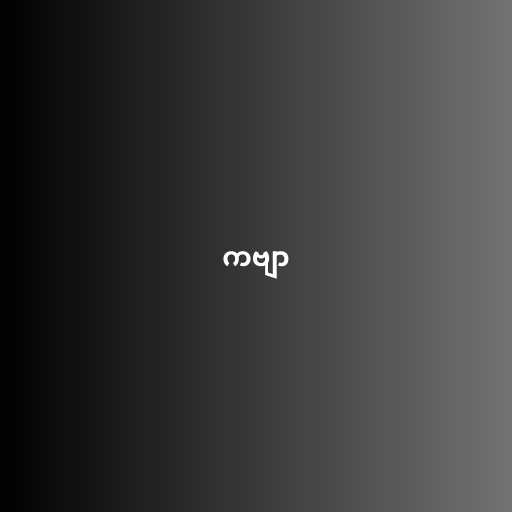
ကဗျာ